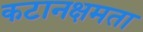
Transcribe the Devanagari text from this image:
कटानक्षमता